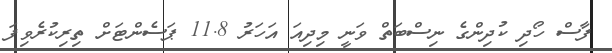
ފާސް ހޯދި ކުދިންގެ ނިސްބަތް ވަނީ މިދިއަ އަހަރު 11.8 ޕަސެންޓަށް ތިރިކުރެވިފަ